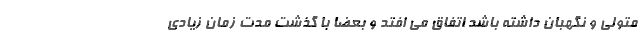
متولی و نگهبان داشته باشد اتفاق می افتد و بعضا با گذشت مدت زمان زیادی